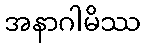
အနာဂါမိဿ